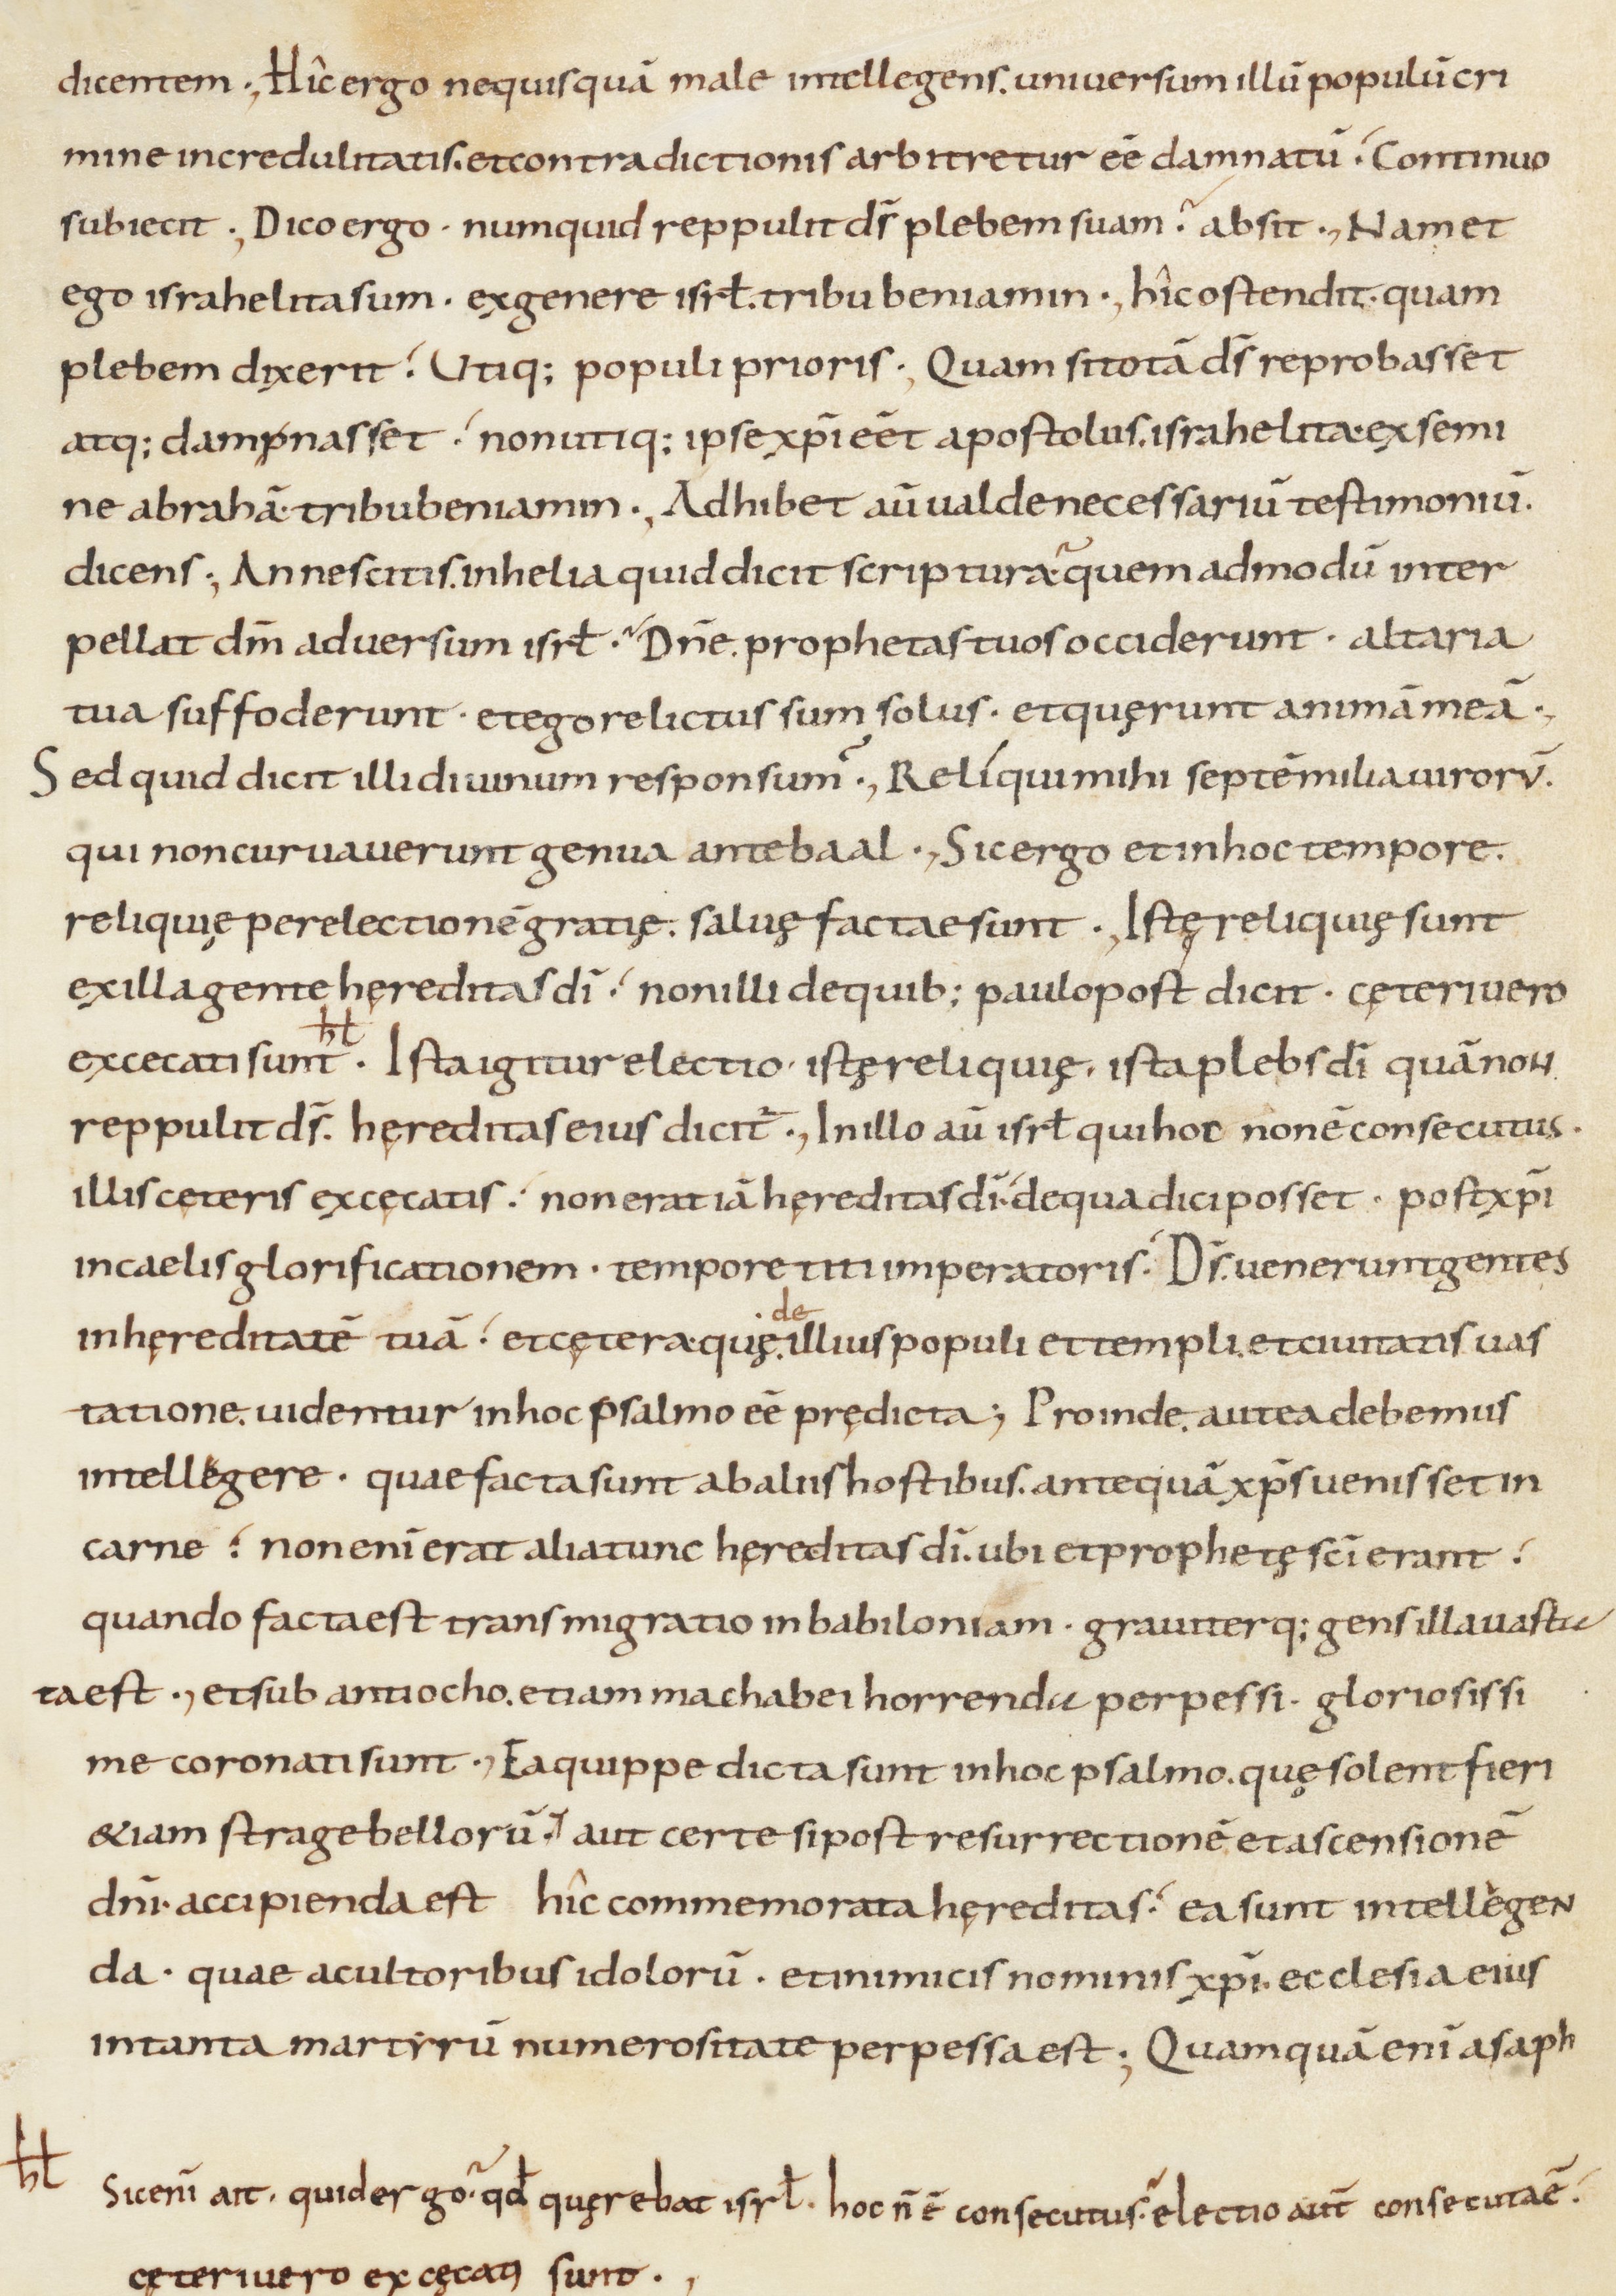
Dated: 800–899